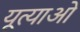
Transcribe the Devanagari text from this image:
यूत्याओ